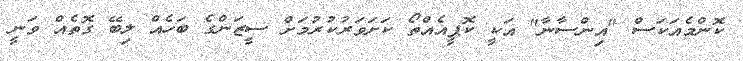
ކޮންމެއަކަސް "އިންސާނާ" އަކީ ކޮޕީއެއްތޯ ކަށަވަރުކުރުމަށް ސީޒަންގެ ބަހެއް ލިބޭ ގޮތެއް ވަނީ